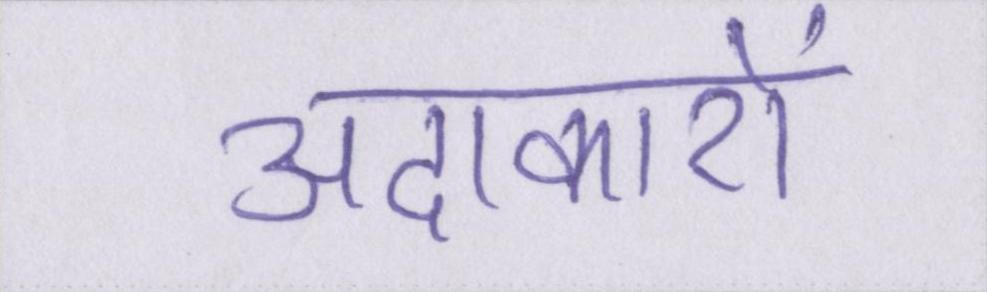
अदाकारों